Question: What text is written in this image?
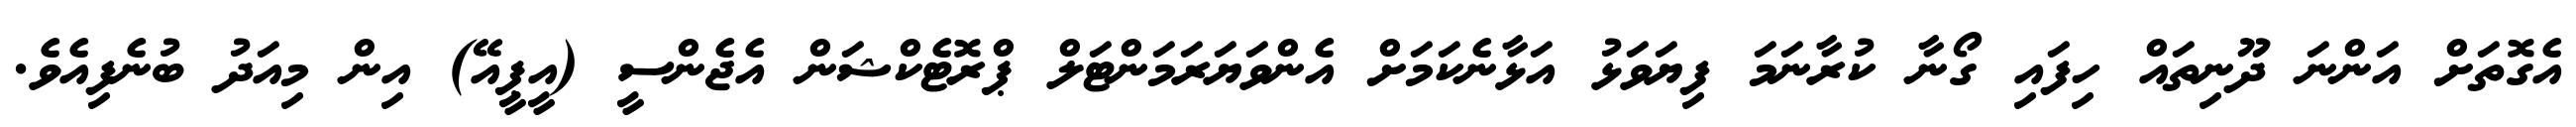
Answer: އެގޮތަށް އަންނަ ދޫނިތައް ހިފައި ގޯނާ ކުރާނަމަ ފިޔަވަޅު އަޅާނެކަމަށް އެންވަޔަރަމަންޓަލް ޕްރޮޓެކްޝަން އެޖެންސީ (އީޕީއޭ) އިން މިއަދު ބުނެފިއެވެ.